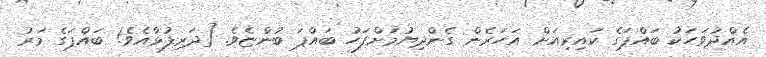
އެއްދުވަހަކު ބައްޕަގެ ކައިރިއަށް އަހަރެން ގެންދިޔުމަށްފަހު ބައްޕަ ބުންޏެވެ. [ދަރިފުޅާއެވެ! ބައްޕަގެ މަރު